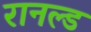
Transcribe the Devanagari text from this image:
रानल्ड